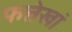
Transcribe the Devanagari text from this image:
फत्तेखां